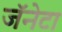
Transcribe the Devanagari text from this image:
जॅनेटा